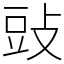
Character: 䜴